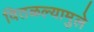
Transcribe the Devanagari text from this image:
वितळल्यामुले